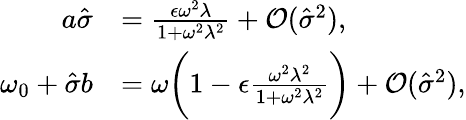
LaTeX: \begin{array}{rl}{a\hat{\sigma}}&{=\frac{\epsilon\omega^{2}\lambda}{1+\omega^{2}\lambda^{2}}+\mathcal{O}(\hat{\sigma}^{2}),}\\ {\omega_{0}+\hat{\sigma}b}&{=\omega\bigg(1-\epsilon\frac{\omega^{2}\lambda^{2}}{1+\omega^{2}\lambda^{2}}\bigg)+\mathcal{O}(\hat{\sigma}^{2}),}\end{array}